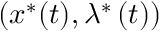
\left( x ^ { \ast } ( t ) , \lambda ^ { \ast } \left( t \right) \right)